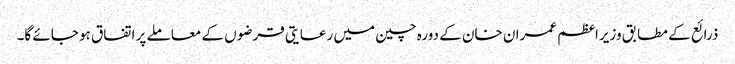
ذرائع کے مطابق وزیراعظم عمران خان کے دورہ چین میں رعایتی قرضوں کے معاملے پر اتفاق ہو جائے گا۔